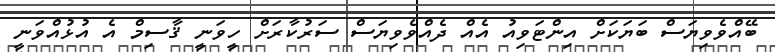
ބޭއްވެވިޔަސް ބަޔަކަށް އިންޓަވިއު އެއް ދެއްވެވިޔަސް ސަރުކާރަށް ހީވަނީ ޤާސިމް އެ އުޅުއްވަނީ